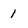
Character: 1